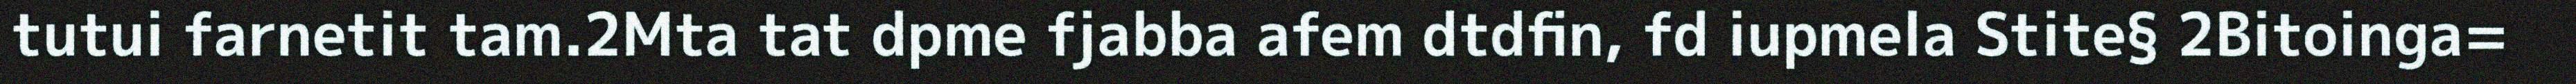
tutui farnetit tam.2Mta tat dpme fjabba afem dtdfin, fd iupmela Stite§ 2Bitoinga=